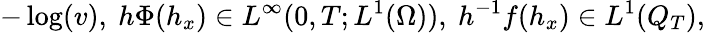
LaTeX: -\log(v),\ h\Phi(h_{x})\in L^{\infty}(0,T;L^{1}(\Omega)),\ h^{-1}f(h_{x})\in L^{1}(Q_{T}),